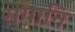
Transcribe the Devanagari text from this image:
रागानि